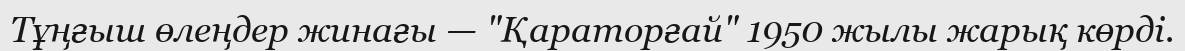
Тұңғыш өлеңдер жинағы — "Қараторғай" 1950 жылы жарық көрді.